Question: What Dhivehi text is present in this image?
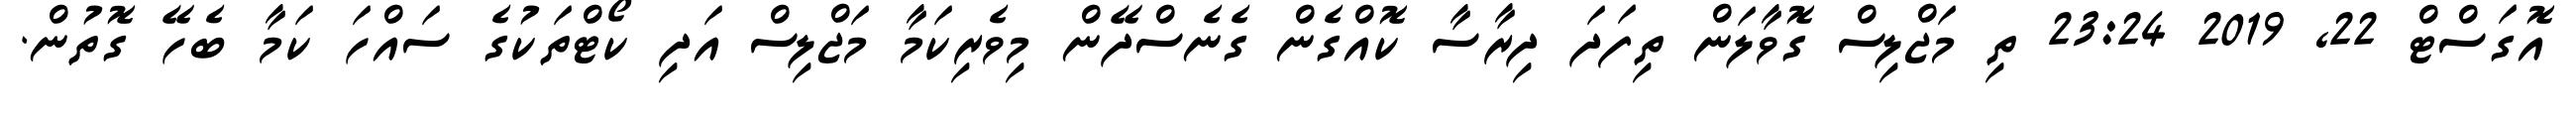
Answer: އޮގަސްޓް 22, 2019 23:24 ތި މަޖްލިސް ގޮވާލަން ތިފަދަ ދިރާސާ ކޮއްގެން ގެނެސްދޭން މިވެރިކަމާ މަޖްލިސް އަދި ކޯޓްތަކުގެ ސައްހަ ކަމާ ބެހޭ ގޮތުން.